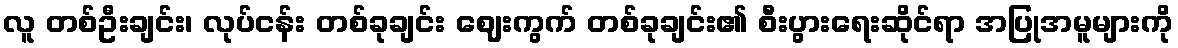
လူ တစ်ဦးချင်း၊ လုပ်ငန်း တစ်ခုချင်း ဈေးကွက် တစ်ခုချင်း၏ စီးပွားရေးဆိုင်ရာ အပြုအမူများကို